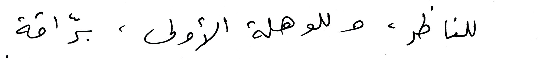
للناظر ، وللوهلة الأولى ، برّاقة